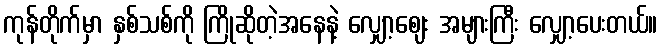
ကုန်တိုက်မှာ နှစ်သစ်ကို ကြိုဆိုတဲ့အနေနဲ့ လျှော့ဈေး အများကြီး လျှော့ပေးတယ်။